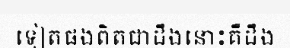
ទៀតផងពិតជាដឹងនោះគឺដឹង